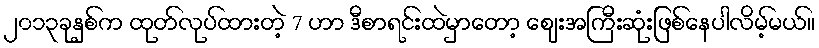
၂၀၁၃ခုနှစ်က ထုတ်လုပ်ထားတဲ့ 7 ဟာ ဒီစာရင်းထဲမှာတော့ ဈေးအကြီးဆုံးဖြစ်နေပါလိမ့်မယ်။